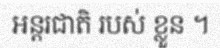
អន្តរជាតិ របស់ ខ្លួន ។